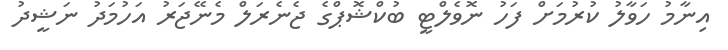
އިނާމު ހަވާލު ކުރުމަށް ފަހު ނޮވެލްޓީ ބުކްޝޮޕްގެ ޖެނެރަލް މެނޭޖަރު އަހުމަދު ނަޝީދު